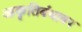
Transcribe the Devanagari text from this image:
आकृतिबंधावर